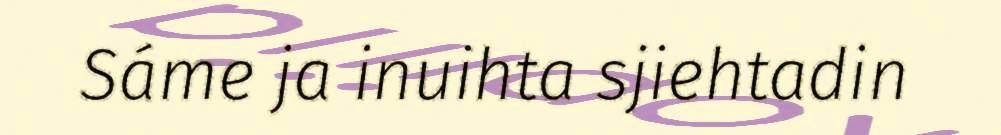
Sáme ja inuihta sjiehtadin